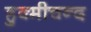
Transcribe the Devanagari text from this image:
हुक्मीचन्द